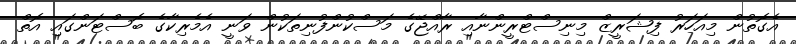
އެގޮތުން މިއަހަރު ފިޝަރީޒް މިނިސްޓްރީންނާއި ރާއްޖޭގެ މަސްކުންފުނިތަކުން ވަނީ އެމެރިކާގެ ބޮސްޓަންގައި އޮތް